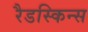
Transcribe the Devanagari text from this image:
रैडस्किन्स